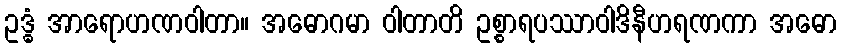
ဥဒ္ဓံ အာရောဟဏဝါတာ။ အဓောဂမာ ဝါတာတိ ဥစ္စာရပဿာဝါဒိနီဟရဏကာ အဓော